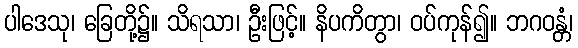
ပါဒေသု၊ ခြေတို့၌။ သိရသာ၊ ဦးဖြင့်။ နိပကိတွာ၊ ဝပ်ကုန်၍။ ဘဂဝန္တံ၊